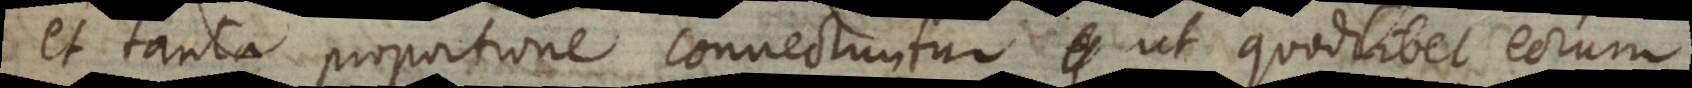
et tanta proportione connectuntur, ut quodlibet eorum